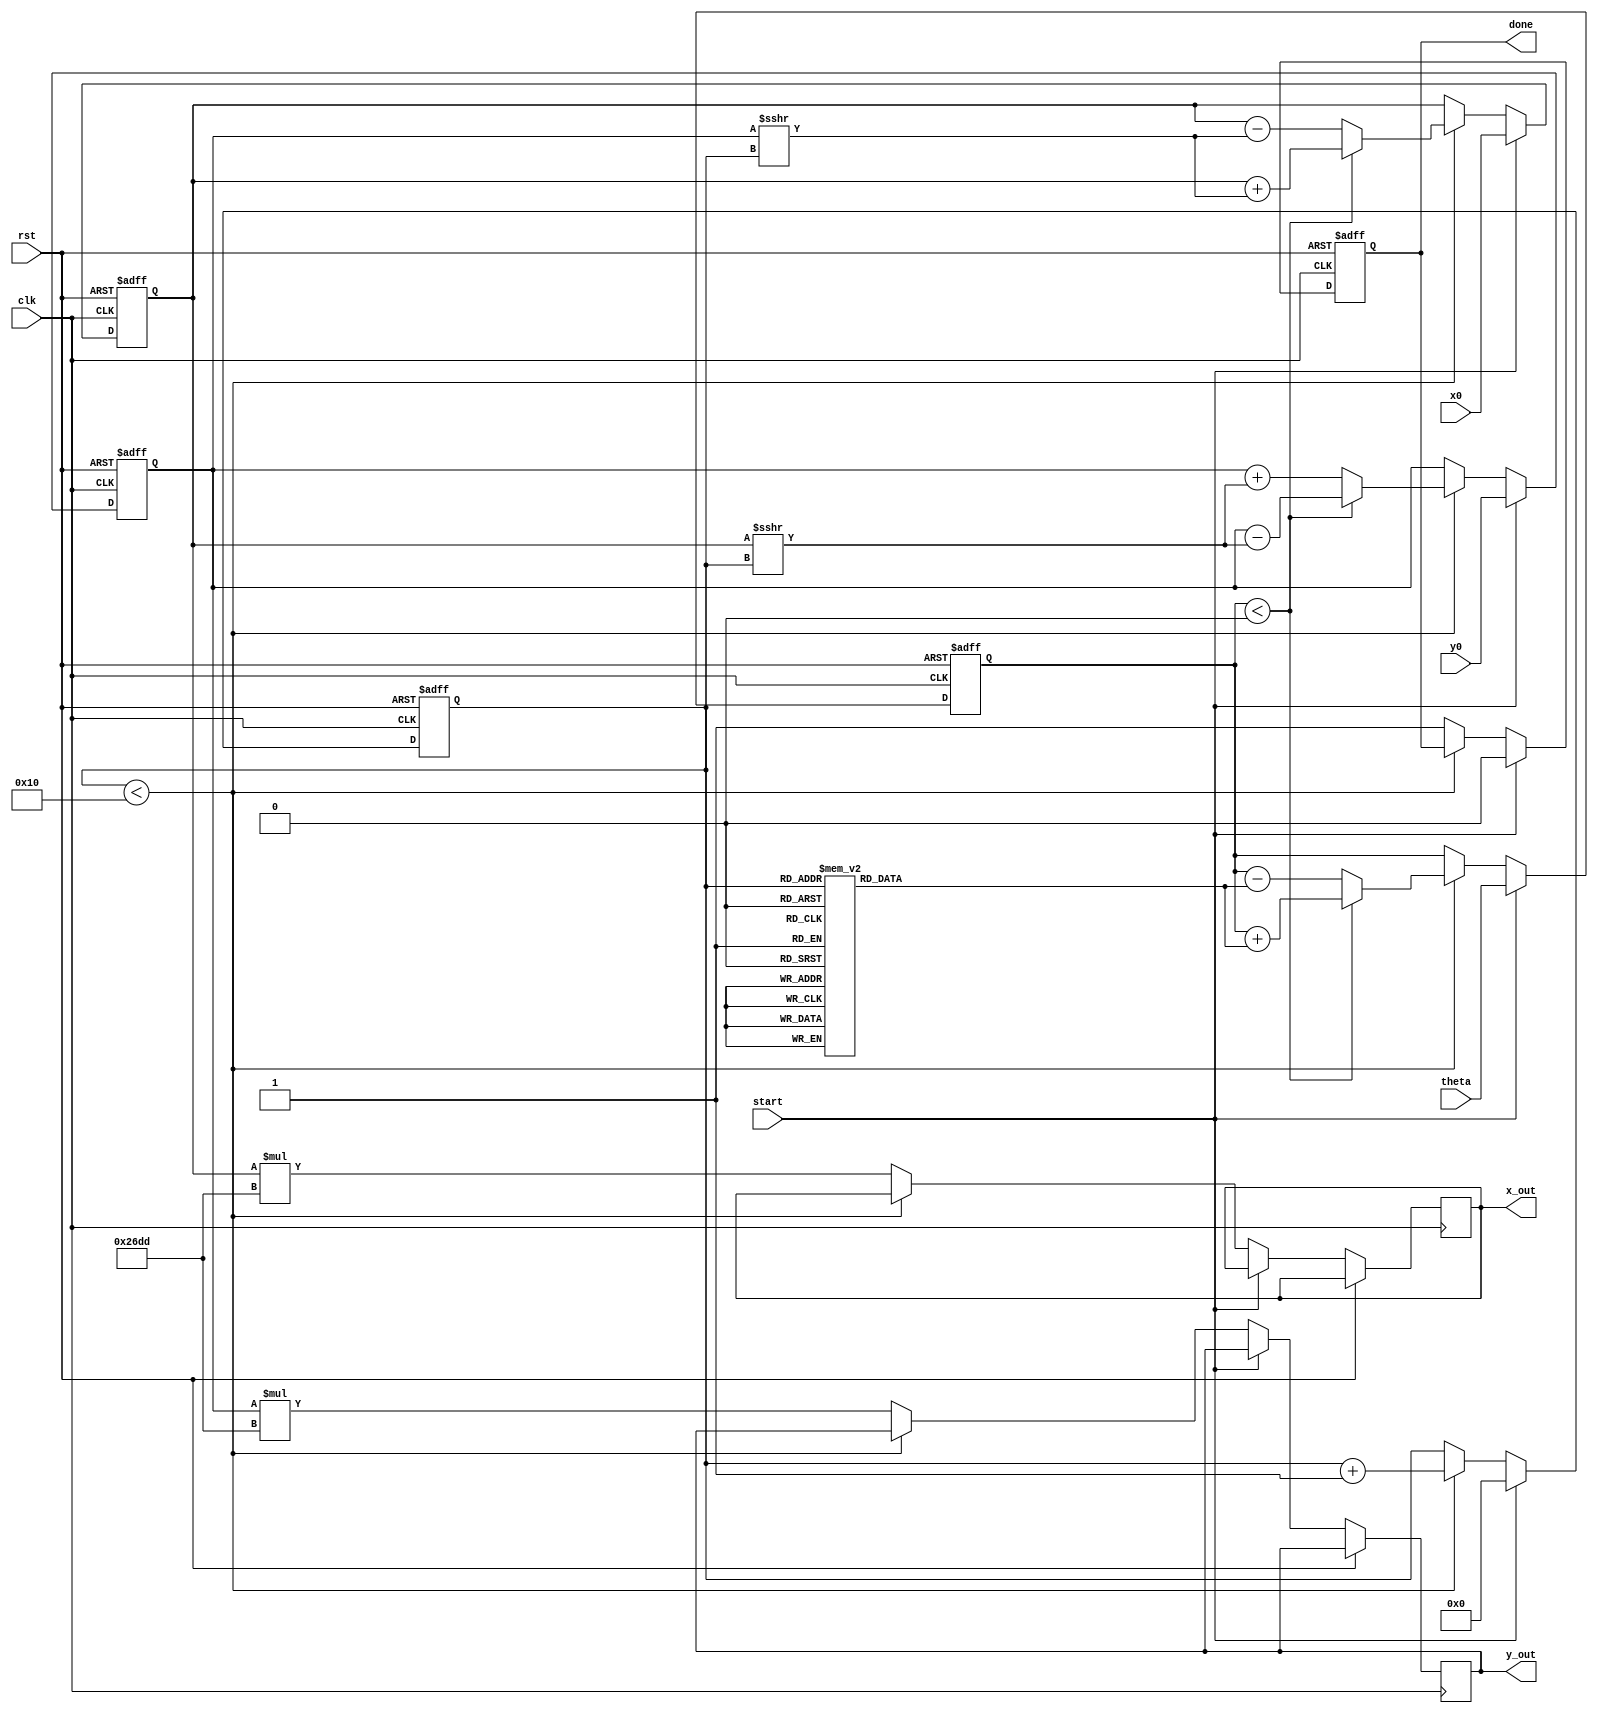
module cordic(
    input clk,
    input rst,
    input start,
    input signed [15:0] theta,      // Input angle in fixed-point format
    input signed [15:0] x0,         // Initial X coordinate
    input signed [15:0] y0,         // Initial Y coordinate
    output reg signed [15:0] x_out,  // Output X coordinate
    output reg signed [15:0] y_out,  // Output Y coordinate
    output reg done                 // Done flag
);

    // CORDIC parameters
    parameter NUM_ITERATIONS = 16;  // Number of iterations
    parameter K = 16'h26DD;          // Scaling factor (K = 1/sqrt(1 + 2^-2) * ... * 1/sqrt(1 + 2^-2^n))
    
    reg signed [15:0] x_reg;         // X register
    reg signed [15:0] y_reg;         // Y register
    reg signed [15:0] z_reg;         // Z register
    reg [3:0] iteration;             // Iteration counter
    reg [15:0] atan_table [0:NUM_ITERATIONS-1]; // Lookup table for arctan(2^-i)

    initial begin
        // Initialize arctan lookup table
        atan_table[0] = 16'h2000; // arctan(1) = 45 degrees in Q15 format
        atan_table[1] = 16'h1000; // arctan(0.5) = 26.565 degrees
        atan_table[2] = 16'h0800; // arctan(0.25) = 14.036 degrees
        atan_table[3] = 16'h0400; // arctan(0.125) = 7.125 degrees
        // ... Fill in the rest of the table ...
    end

    // State machine for CORDIC operation
    always @(posedge clk or posedge rst) begin
        if (rst) begin
            x_reg <= 0;
            y_reg <= 0;
            z_reg <= 0;
            iteration <= 0;
            done <= 0;
        end else if (start) begin
            // Initialize registers
            x_reg <= x0;
            y_reg <= y0;
            z_reg <= theta;
            iteration <= 0;
            done <= 0;
        end else if (iteration < NUM_ITERATIONS) begin
            // CORDIC iteration
            if (z_reg < 0) begin
                // Rotate counterclockwise
                x_reg <= x_reg + (y_reg >>> iteration);
                y_reg <= y_reg - (x_reg >>> iteration);
                z_reg <= z_reg + atan_table[iteration];
            end else begin
                // Rotate clockwise
                x_reg <= x_reg - (y_reg >>> iteration);
                y_reg <= y_reg + (x_reg >>> iteration);
                z_reg <= z_reg - atan_table[iteration];
            end
            iteration <= iteration + 1;
        end else begin
            // Final output
            x_out <= x_reg * K; // Scale the output
            y_out <= y_reg * K; // Scale the output
            done <= 1;          // Indicate completion
        end
    end

endmodule